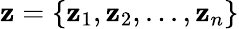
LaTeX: \mathbf{z}=\{ \mathbf{z}_{1},\mathbf{z}_{2},...,\mathbf{z}_{n}\}